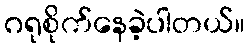
ဂရုစိုက်နေခဲ့ပါတယ်။